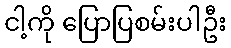
ငါ့ကို ပြောပြစမ်းပါဦး